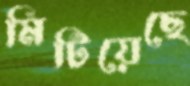
মিটিয়েছে